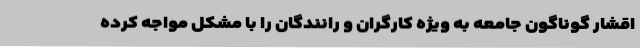
اقشار گوناگون جامعه به ویژه کارگران و رانندگان را با مشکل مواجه کرده